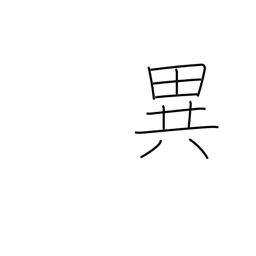
Meaning: uncommon